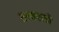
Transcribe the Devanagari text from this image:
तत्काळीं